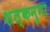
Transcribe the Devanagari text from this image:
शल्कनुमा